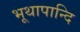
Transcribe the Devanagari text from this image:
भूथापान्दि